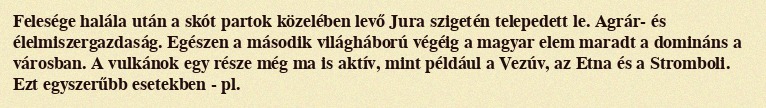
Felesége halála után a skót partok közelében levő Jura szigetén telepedett le. Agrár- és élelmiszergazdaság. Egészen a második világháború végéig a magyar elem maradt a domináns a városban. A vulkánok egy része még ma is aktív, mint például a Vezúv, az Etna és a Stromboli. Ezt egyszerűbb esetekben - pl.